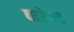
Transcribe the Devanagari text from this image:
वारेण्ट